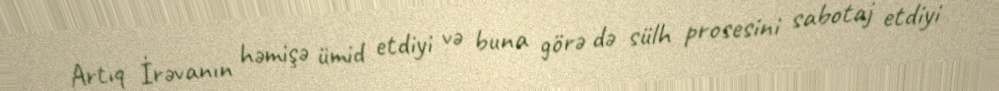
Artıq İrəvanın həmişə ümid etdiyi və buna görə də sülh prosesini sabotaj etdiyi